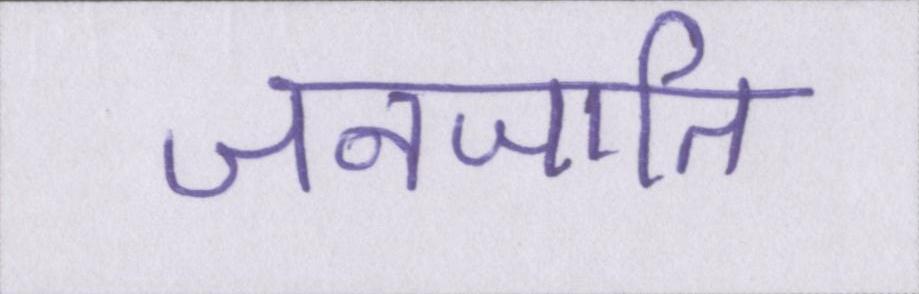
जनजाति